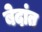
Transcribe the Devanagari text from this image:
बेदांत